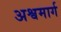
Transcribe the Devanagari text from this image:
अश्वमार्ग